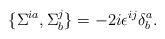
\begin{align*}\{\Sigma^{ia},\Sigma^{j}_b\}=-2i\epsilon^{ij}\delta^a_b.\end{align*}